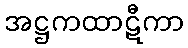
အဋ္ဌကထာဋီကာ